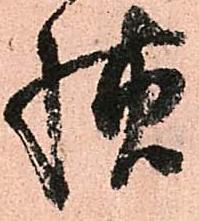
様